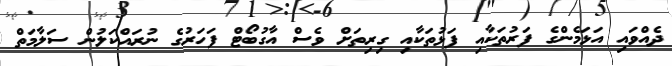
ދެއްވައި އަޅަމެންގެ ފަރުތަކާއި ފަޅުތަކާއި ގިރިތަށް ވެސް އާގުބޯޓް ފަހަރުގެ ނުރައްކަލުން ސަލާމަތް